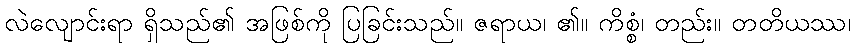
လဲလျောင်းရာ ရှိသည်၏ အဖြစ်ကို ပြခြင်းသည်။ ဇရာယ၊ ၏။ ကိစ္စံ၊ တည်း။ တတိယဿ၊